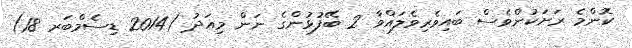
ކޮންމެ ރަށަކުންވެސް ބައިވެރިވެލައްވާ 2 ބޭފުޅުންގެ ނަން މިއަދު (2014 ޑިސެމްބަރ 18)